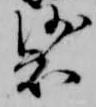
裟